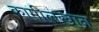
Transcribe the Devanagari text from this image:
कामीलखान